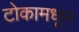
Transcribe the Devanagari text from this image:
टोकामधून